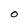
Character: O